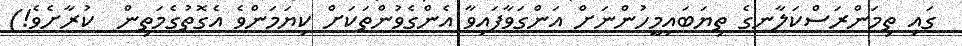
ގައި ތިމަންރަސްކަލާނގެ ތިޔަބައިމީހުންނަށް އަންގަވާފައިވާ އެންގެވުންތަކަށް ކިޔަމަންވެ އެގޮތުގެމަތިން  ކުރާށެވެ!)